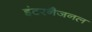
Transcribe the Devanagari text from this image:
इंटरनैजनल